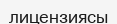
лицензиясы